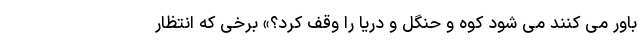
باور می کنند می شود کوه و حنگل و دریا را وقف کرد؟» برخی که انتظار